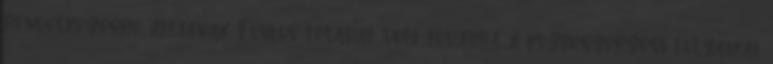
rendelkezésre álljanak. Fontos feladat volt továbbá a közbeszerzési folyamat